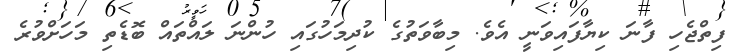
ފިތްޖެހި ފާނަ ކިޔާފައިވަނީ އެވެ. މިބާވަތުގެ ކުދިމަހުގައި ހުންނަ ލައްތައް ބޮޑެތި މަހަށްވުރެ